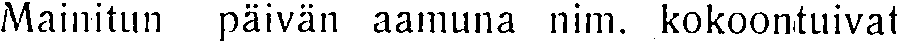
Mainitun päivän aamuna nim. kokoontuivat